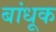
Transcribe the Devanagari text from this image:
बांधूक